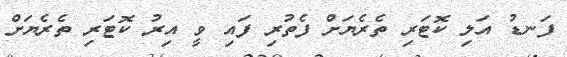
ފަނޑު އަލި ކޮޓަރި ތެރެޔަށް ފެތުރި ފައި ވީ އިރު ކޮޓަރި ތެރެޔަށް